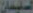
السليمان